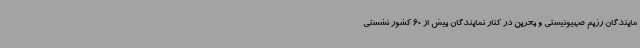
مایندگان رژیم صهیونیستی و بحرین در کنار نمایندگان بیش از 60 کشور نشستی